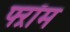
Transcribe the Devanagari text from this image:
फ्ऱॉम